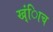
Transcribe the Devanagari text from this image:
ख्ंिाच